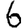
Digit: 6